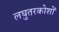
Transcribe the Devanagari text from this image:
लघुतरकोशों